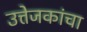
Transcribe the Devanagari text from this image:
उत्तेजकांचा